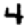
Digit: 4